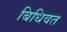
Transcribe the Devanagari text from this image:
बिधिवत